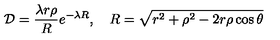
{ \cal D } = \frac { \lambda r \rho } { R } e ^ { - \lambda R } , \quad R = \sqrt { r ^ { 2 } + \rho ^ { 2 } - 2 r \rho \cos \theta }